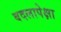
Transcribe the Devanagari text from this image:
बदलापेक्षा